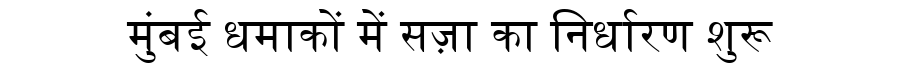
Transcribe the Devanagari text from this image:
मुंबई धमाकों में सज़ा का निर्धारण शुरू